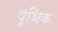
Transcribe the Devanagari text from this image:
वृ्श्चिक